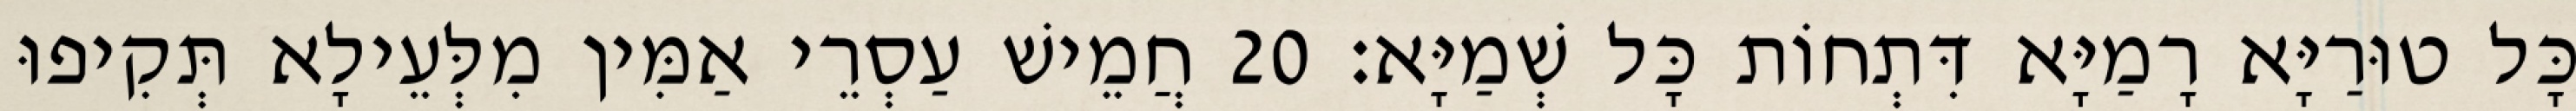
כָּל טוּרַיָּא רָמַיָּא דִּתְחוֹת כָּל שְׁמַיָּא׃ 20 חֲמֵישׁ עַסְרֵי אַמִּין מִלְּעֵילָא תְּקִיפוּ